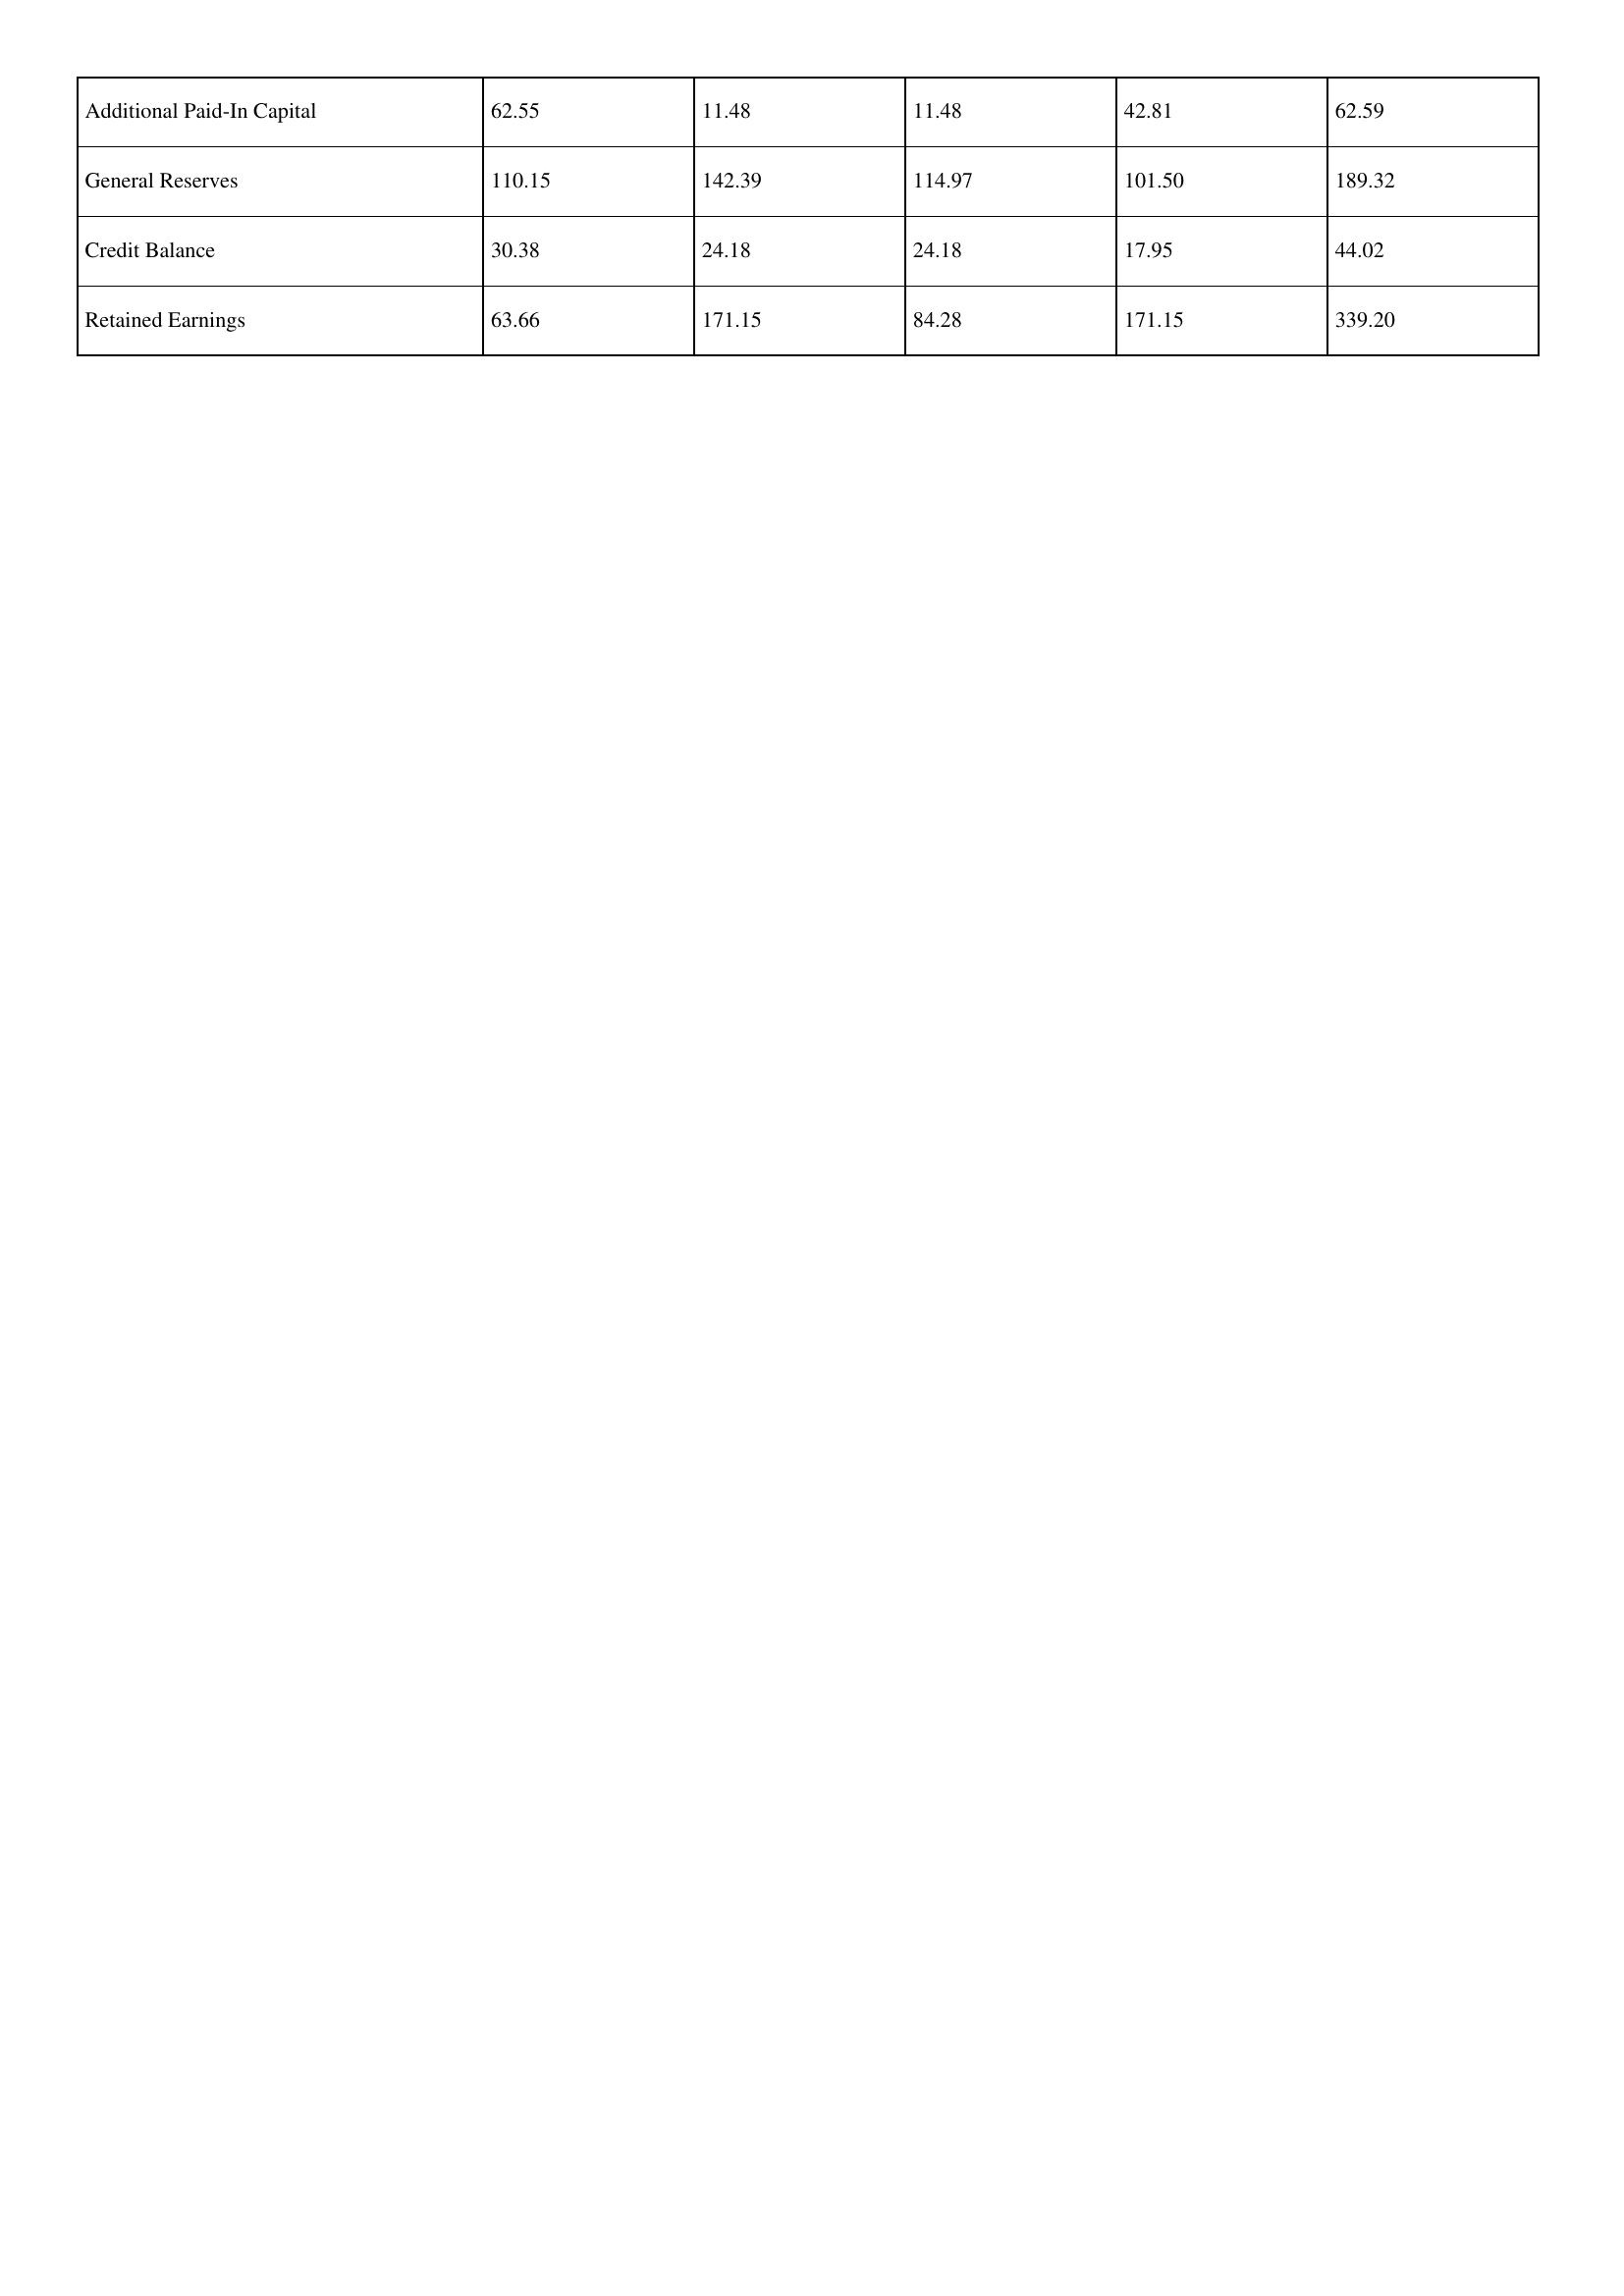
gt_parse: 2018: Additional Paid-In Capital: 62.55
General Reserves: 110.15
Credit Balance: 30.38
Retained Earnings: 63.66
2017: Additional Paid-In Capital: 11.48
General Reserves: 142.39
Credit Balance: 24.18
Retained Earnings: 171.15
2016: Additional Paid-In Capital: 11.48
General Reserves: 114.97
Credit Balance: 24.18
Retained Earnings: 84.28
2015: Additional Paid-In Capital: 42.81
General Reserves: 101.50
Credit Balance: 17.95
Retained Earnings: 171.15
2014: Additional Paid-In Capital: 62.59
General Reserves: 189.32
Credit Balance: 44.02
Retained Earnings: 339.20